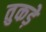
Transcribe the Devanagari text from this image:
तुकड़े